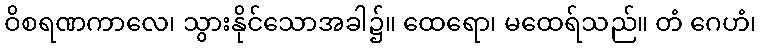
ဝိစရဏကာလေ၊ သွားနိုင်သောအခါ၌။ ထေရော၊ မထေရ်သည်။ တံ ဂေဟံ၊